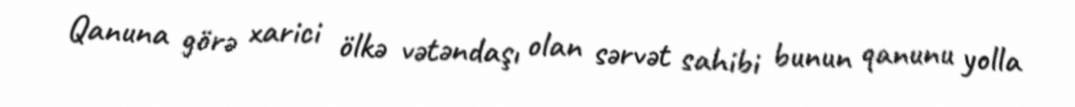
Qanuna görə xarici ölkə vətəndaşı olan sərvət sahibi bunun qanunu yolla